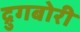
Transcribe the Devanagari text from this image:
द्रुगबोरी